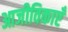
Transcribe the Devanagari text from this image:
आजीविकाएँ